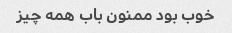
خوب بود ممنون باب همه چیز